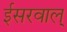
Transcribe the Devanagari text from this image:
ईसरवाल्